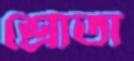
শ্রোতা